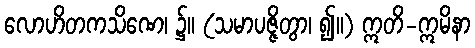
လောဟိတကသိဏေ၊ ၌။ (သမာပဇ္ဇိတွာ၊ ၍။) ဣတိ-ဣမိနာ